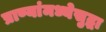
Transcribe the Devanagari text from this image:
प्राण्यांमध्येसुद्धा